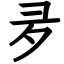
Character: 夛